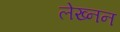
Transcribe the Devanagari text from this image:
लेख्नन